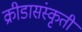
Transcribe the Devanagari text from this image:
क्रीडासंस्कृती